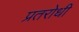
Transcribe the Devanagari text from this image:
प्रतरोधी